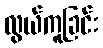
လွယ်ကူခြင်း